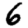
Digit: 6